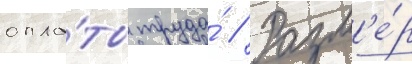
опла́ты труда́ // Разм'е́р